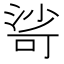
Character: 𣹇